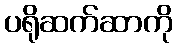
ပရိုဆက်ဆာကို